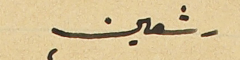
رشعين